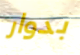
بدوار